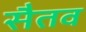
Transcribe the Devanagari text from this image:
सैतव